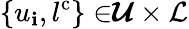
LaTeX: {\{ u_{\mathbf{i}},l^{\mathrm{{c}}}\} \in}{\boldsymbol{\mathcal{{U}}}\times\mathcal{{L}}}